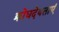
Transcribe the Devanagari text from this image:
क्रोधदेवताएं